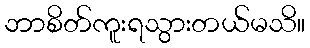
ဘာစိတ်ကူးရသွားတယ်မသိ။